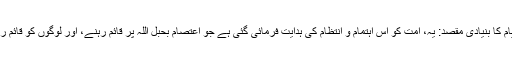
وہ لکھتے ہیں: ”خلافت کے قیام کا بنیادی مقصد: یہ، امت کو اس اہتمام و انتظام کی ہدایت فرمائی گئی ہے جو اعتصام بحبل اللہ پر قائم رہنے، اور لوگوں کو قائم رکھنے کے لیے ضروری ہے۔